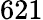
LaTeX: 621